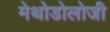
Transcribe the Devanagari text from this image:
मेथोडोलोजी